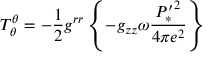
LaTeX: T _ { \theta } ^ { \theta } = - \frac { 1 } { 2 } g ^ { r r } \left\{ - g _ { z z } \omega \frac { { P _ { * } ^ { \prime } } ^ { 2 } } { 4 \pi e ^ { 2 } } \right\}